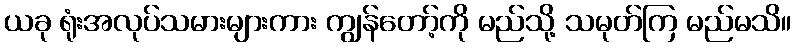
ယခု ရုံးအလုပ်သမားများကား ကျွန်တော့်ကို မည်သို့ သမုတ်ကြ မည်မသိ။